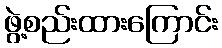
ဖွဲ့စည်းထားကြောင်း